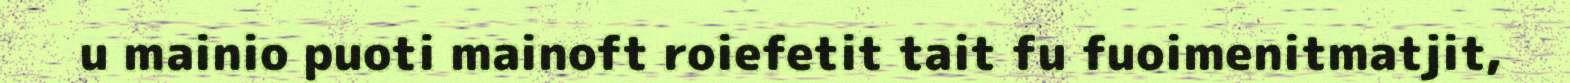
u mainio puoti mainoft roiefetit tait fu fuoimenitmatjit,